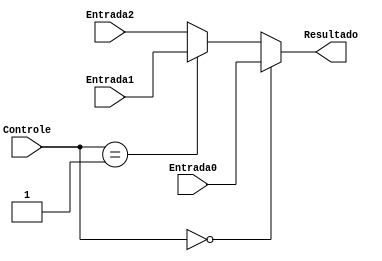
module MUX3_3 (Entrada0, Entrada1, Entrada2, Controle, Resultado);

  input [2:0] Entrada0, Entrada1, Entrada2;
  input [1:0] Controle;
  output [2:0] Resultado;

  assign Resultado = (Controle == 2'b00) ? Entrada0 :
                     (Controle == 2'b01) ? Entrada1 :
                      Entrada2;

endmodule